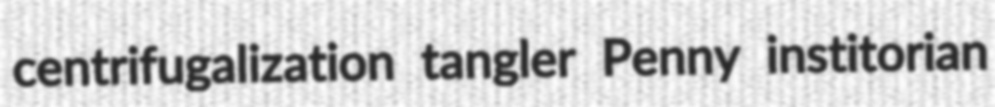
centrifugalization tangler Penny institorian